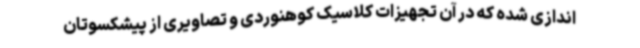
اندازی شده که در آن تجهیزات کلاسیک کوهنوردی و تصاویری از پیشکسوتان